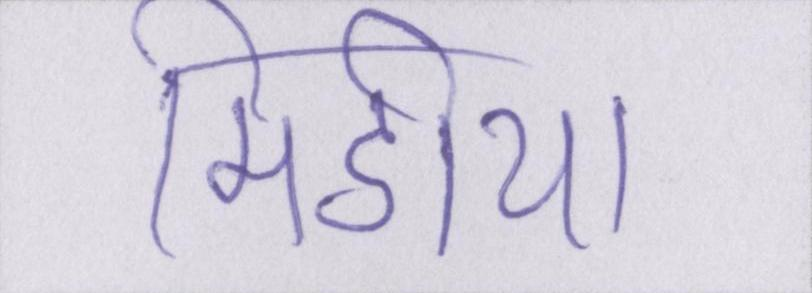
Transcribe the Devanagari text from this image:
मिडीया